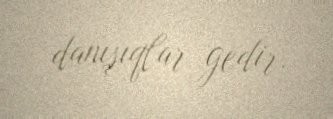
danışıqlar gedir.